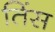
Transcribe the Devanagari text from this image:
तिंस